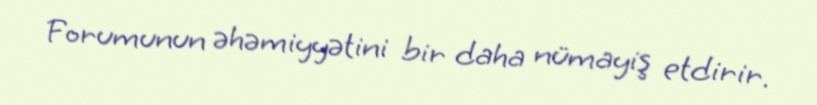
Forumunun əhəmiyyətini bir daha nümayiş etdirir.